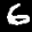
Label: 6